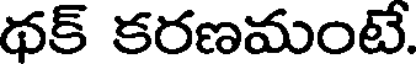
థక్ కరణమంటే.